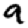
Digit: 9